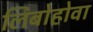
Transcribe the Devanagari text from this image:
लिबोहोवा